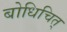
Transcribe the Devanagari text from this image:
बोधिचित्